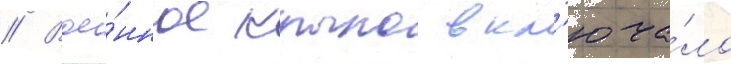
// Вое́нное крыло вкл'юча́ло